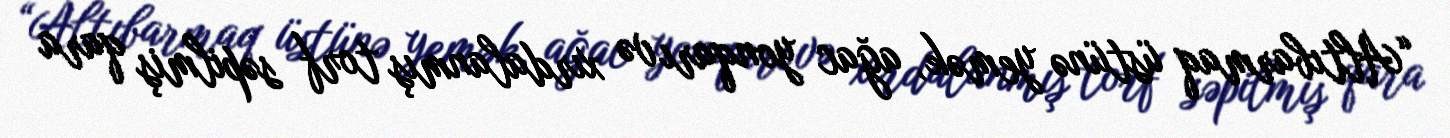
“Altıbarmaq üstünə yemək, ağac yonqarı və xırdalanmış torf səpilmiş qara